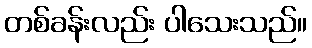
တစ်ခန်းလည်း ပါသေးသည်။